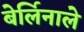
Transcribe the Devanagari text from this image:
बेर्लिनाले